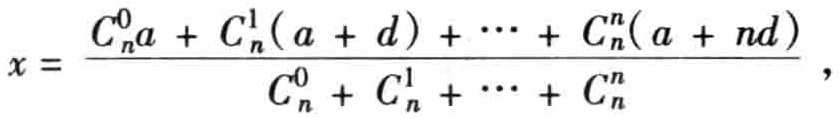
\[
x = \frac{C_{n}^{0}a + C_{n}^{1}(a + d) + \cdots + C_{n}^{n}(a + nd)}{C_{n}^{0} + C_{n}^{1} + \cdots + C_{n}^{n}},
\]